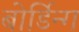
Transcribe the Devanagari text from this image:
बोर्डिन्ग